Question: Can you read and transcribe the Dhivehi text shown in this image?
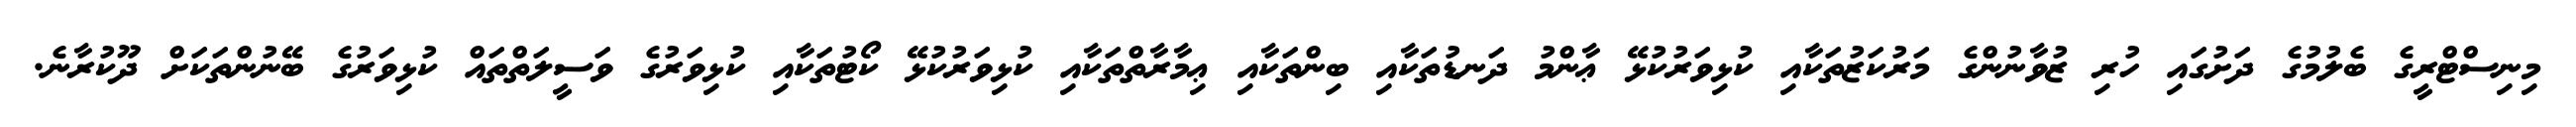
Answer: މިނިސްޓްރީގެ ބެލުމުގެ ދަށުގައި ހުރި ޒުވާނުންގެ މަރުކަޒުތަކާއި ކުޅިވަރުކުޅޭ ޢާންމު ދަނޑުތަކާއި ބިންތަކާއި ޢިމާރާތްތަކާއި ކުޅިވަރުކުޅޭ ކޯޓުތަކާއި ކުޅިވަރުގެ ވަސީލަތްތައް ކުޅިވަރުގެ ބޭނުންތަކަށް ދޫކުރާނެ.